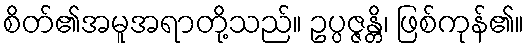
စိတ်၏အမူအရာတို့သည်။ ဥပ္ပဇ္ဇန္တိ၊ ဖြစ်ကုန်၏။